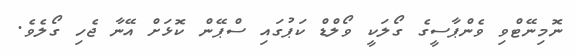
ނޮމިނޭޓްވި ވެންޕާސީގެ ގޯލަކީ ވޯލްޑް ކަޕުގައި ސްޕޭން ކޮޅަށް އޭނާ ޖެހި ގޯލެވެ.